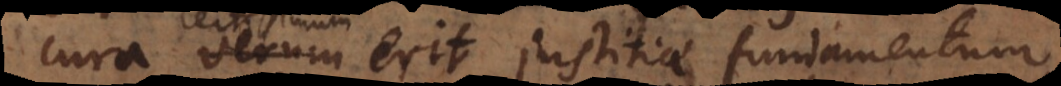
cura, verum erit justitiae fundamentum